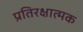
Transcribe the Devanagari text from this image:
प्रतिरक्षात्‍मक